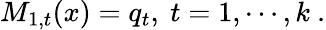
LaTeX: M_{1,t}(x)=q_{t},~t=1,\cdots,k~.